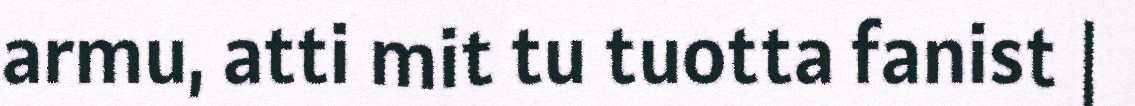
armu, atti mit tu tuotta fanist |